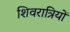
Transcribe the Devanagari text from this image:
शिवरात्रियों